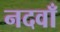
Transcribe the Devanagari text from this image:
नदवाँ